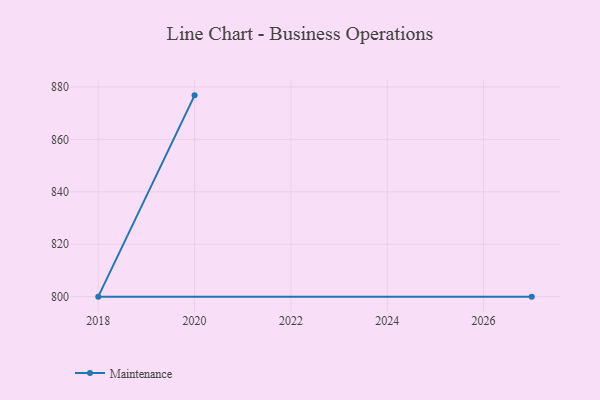
{"axis": {"x": "Year", "y": "Production Output"}, "legend": ["Maintenance"], "data": [{"x": "2020", "y": 876.8, "type": "Maintenance"}, {"x": "2018", "y": 800, "type": "Maintenance"}, {"x": "2027", "y": 800, "type": "Maintenance"}]}